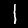
Label: 1